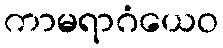
ကာမရာဂံယေဝ